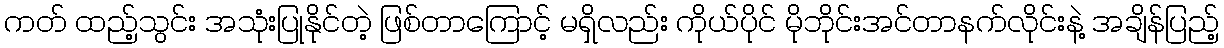
ကတ် ထည့်သွင်း အသုံးပြုနိုင်တဲ့ ဖြစ်တာကြောင့် မရှိလည်း ကိုယ်ပိုင် မိုဘိုင်းအင်တာနက်လိုင်းနဲ့ အချိန်ပြည့်